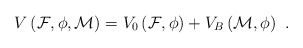
\begin{align*}V\left({\cal F}, {\cal \phi}, {\cal M}\right)=V_0\left({\cal F},{\cal \phi}\right) + V_B\left({\cal M},{\cal \phi}\right) \ . \end{align*}